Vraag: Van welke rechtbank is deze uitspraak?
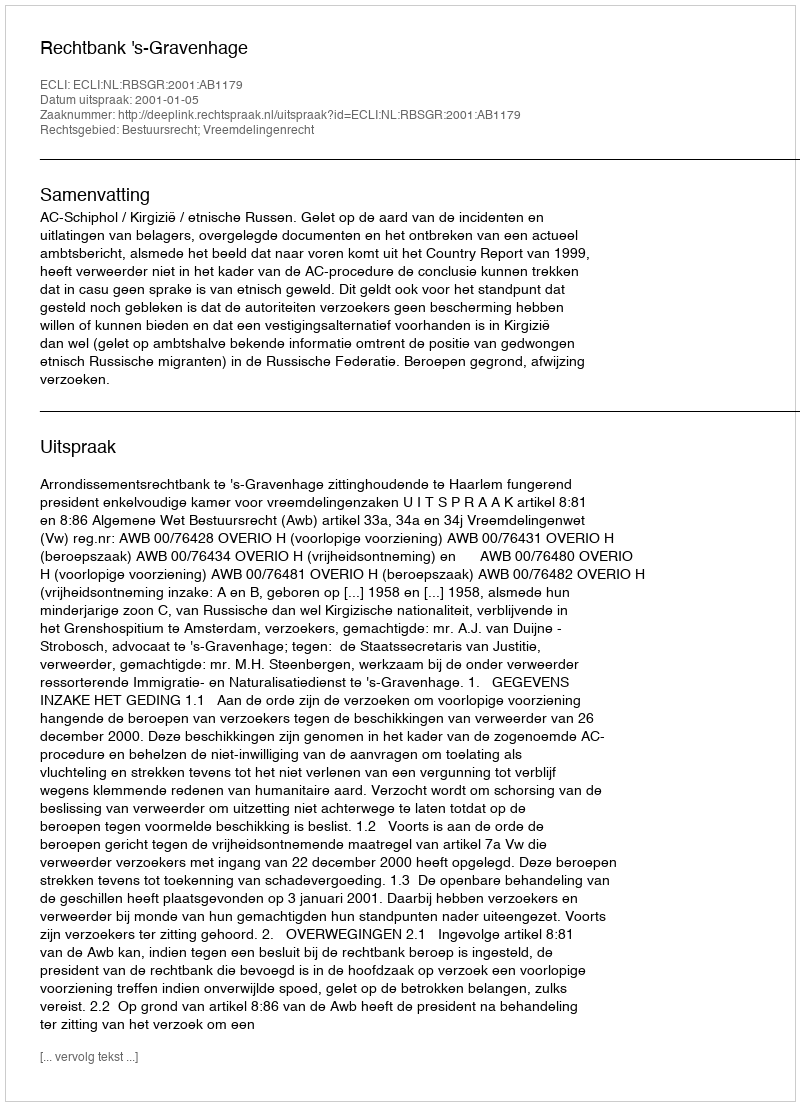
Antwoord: Rechtbank 's-Gravenhage